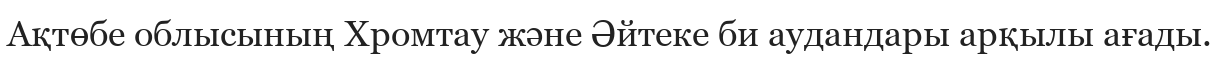
Ақтөбе облысының Хромтау және Әйтеке би аудандары арқылы ағады.